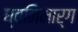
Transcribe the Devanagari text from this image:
ध्वनिमार्ग